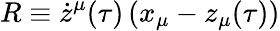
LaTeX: R\equiv\dot{z}^{\mu}(\tau)\, (x_{\mu}-z_{\mu}(\tau))